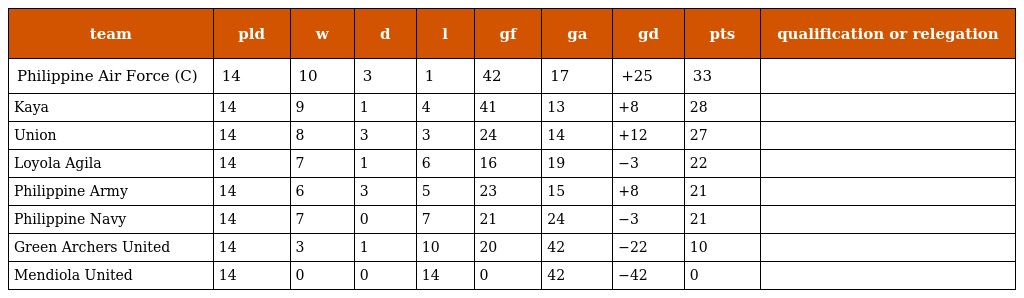
| team | pld | w | d | l | gf | ga | gd | pts | qualification or relegation |
 | --- | --- | --- | --- | --- | --- | --- | --- | --- | --- |
 | Philippine Air Force (C) | 14 | 10 | 3 | 1 | 42 | 17 | +25 | 33 |  |
 | Kaya | 14 | 9 | 1 | 4 | 41 | 13 | +8 | 28 |  |
 | Union | 14 | 8 | 3 | 3 | 24 | 14 | +12 | 27 |  |
 | Loyola Agila | 14 | 7 | 1 | 6 | 16 | 19 | −3 | 22 |  |
 | Philippine Army | 14 | 6 | 3 | 5 | 23 | 15 | +8 | 21 |  |
 | Philippine Navy | 14 | 7 | 0 | 7 | 21 | 24 | −3 | 21 |  |
 | Green Archers United | 14 | 3 | 1 | 10 | 20 | 42 | −22 | 10 |  |
 | Mendiola United | 14 | 0 | 0 | 14 | 0 | 42 | −42 | 0 |  |